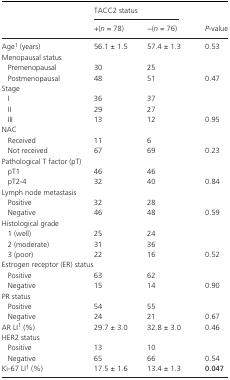
<table><thead><tr><td rowspan="2"></td><td colspan="2"><b>TACC2 status</b></td><td></td></tr><tr><td><b>+(<i>n</i> = 78)</b></td><td><b>−(<i>n</i> = 76)</b></td><td><b><i>P</i>‐value</b></td></tr></thead><tbody><tr><td>Agea (years)</td><td>56.1 ± 1.5</td><td>57.4 ± 1.3</td><td>0.53</td></tr><tr><td colspan="4">Menopausal status</td></tr><tr><td>Premenopausal</td><td>30</td><td>25</td><td></td></tr><tr><td>Postmenopausal</td><td>48</td><td>51</td><td>0.47</td></tr><tr><td colspan="4">Stage</td></tr><tr><td>I</td><td>36</td><td>37</td><td></td></tr><tr><td>II</td><td>29</td><td>27</td><td></td></tr><tr><td>III</td><td>13</td><td>12</td><td>0.95</td></tr><tr><td colspan="4">NAC</td></tr><tr><td>Received</td><td>11</td><td>6</td><td></td></tr><tr><td>Not received</td><td>67</td><td>69</td><td>0.23</td></tr><tr><td colspan="4">Pathological T factor (pT)</td></tr><tr><td>pT1</td><td>46</td><td>46</td><td></td></tr><tr><td>pT2‐4</td><td>32</td><td>40</td><td>0.84</td></tr><tr><td colspan="4">Lymph node metastasis</td></tr><tr><td>Positive</td><td>32</td><td>28</td><td></td></tr><tr><td>Negative</td><td>46</td><td>48</td><td>0.59</td></tr><tr><td colspan="4">Histological grade</td></tr><tr><td>1 (well)</td><td>25</td><td>24</td><td></td></tr><tr><td>2 (moderate)</td><td>31</td><td>36</td><td></td></tr><tr><td>3 (poor)</td><td>22</td><td>16</td><td>0.52</td></tr><tr><td colspan="4">Estrogen receptor (ER) status</td></tr><tr><td>Positive</td><td>63</td><td>62</td><td></td></tr><tr><td>Negative</td><td>15</td><td>14</td><td>0.90</td></tr><tr><td>PR status</td><td></td><td></td><td></td></tr><tr><td>Positive</td><td>54</td><td>55</td><td></td></tr><tr><td>Negative</td><td>24</td><td>21</td><td>0.67</td></tr><tr><td>AR LIa (%)</td><td>29.7 ± 3.0</td><td>32.8 ± 3.0</td><td>0.46</td></tr><tr><td colspan="4">HER2 status</td></tr><tr><td>Positive</td><td>13</td><td>10</td><td></td></tr><tr><td>Negative</td><td>65</td><td>66</td><td>0.54</td></tr><tr><td>Ki‐67 LIa (%)</td><td>17.5 ± 1.6</td><td>13.4 ± 1.3</td><td><b>0.047</b></td></tr></tbody></table>